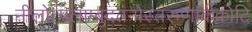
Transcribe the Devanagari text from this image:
नीलोत्पलाम्बुदतनोस्तरुणार्ककोटि